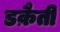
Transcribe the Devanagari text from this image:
डक़ैती